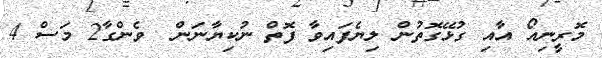
މޮރީނިއޯ އާއި ގުޅޭގޮތުން ލިޔެފައިވާ ފޮތް ނުކިޔާނަން  ވެންގާ2 މަސް 4